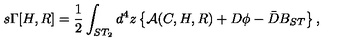
s \Gamma [ H , R ] = \frac { 1 } { 2 } \int _ { S T _ { 2 } } d ^ { 4 } z \left\{ { \cal A } ( C , H , R ) + D \phi - \bar { D } B _ { S T } \right\} ,